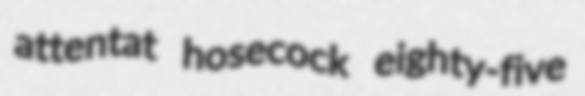
attentat hosecock eighty-five